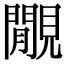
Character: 覵